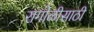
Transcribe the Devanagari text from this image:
रांगोळीसाठी